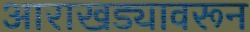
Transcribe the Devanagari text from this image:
आराखड्यावरून